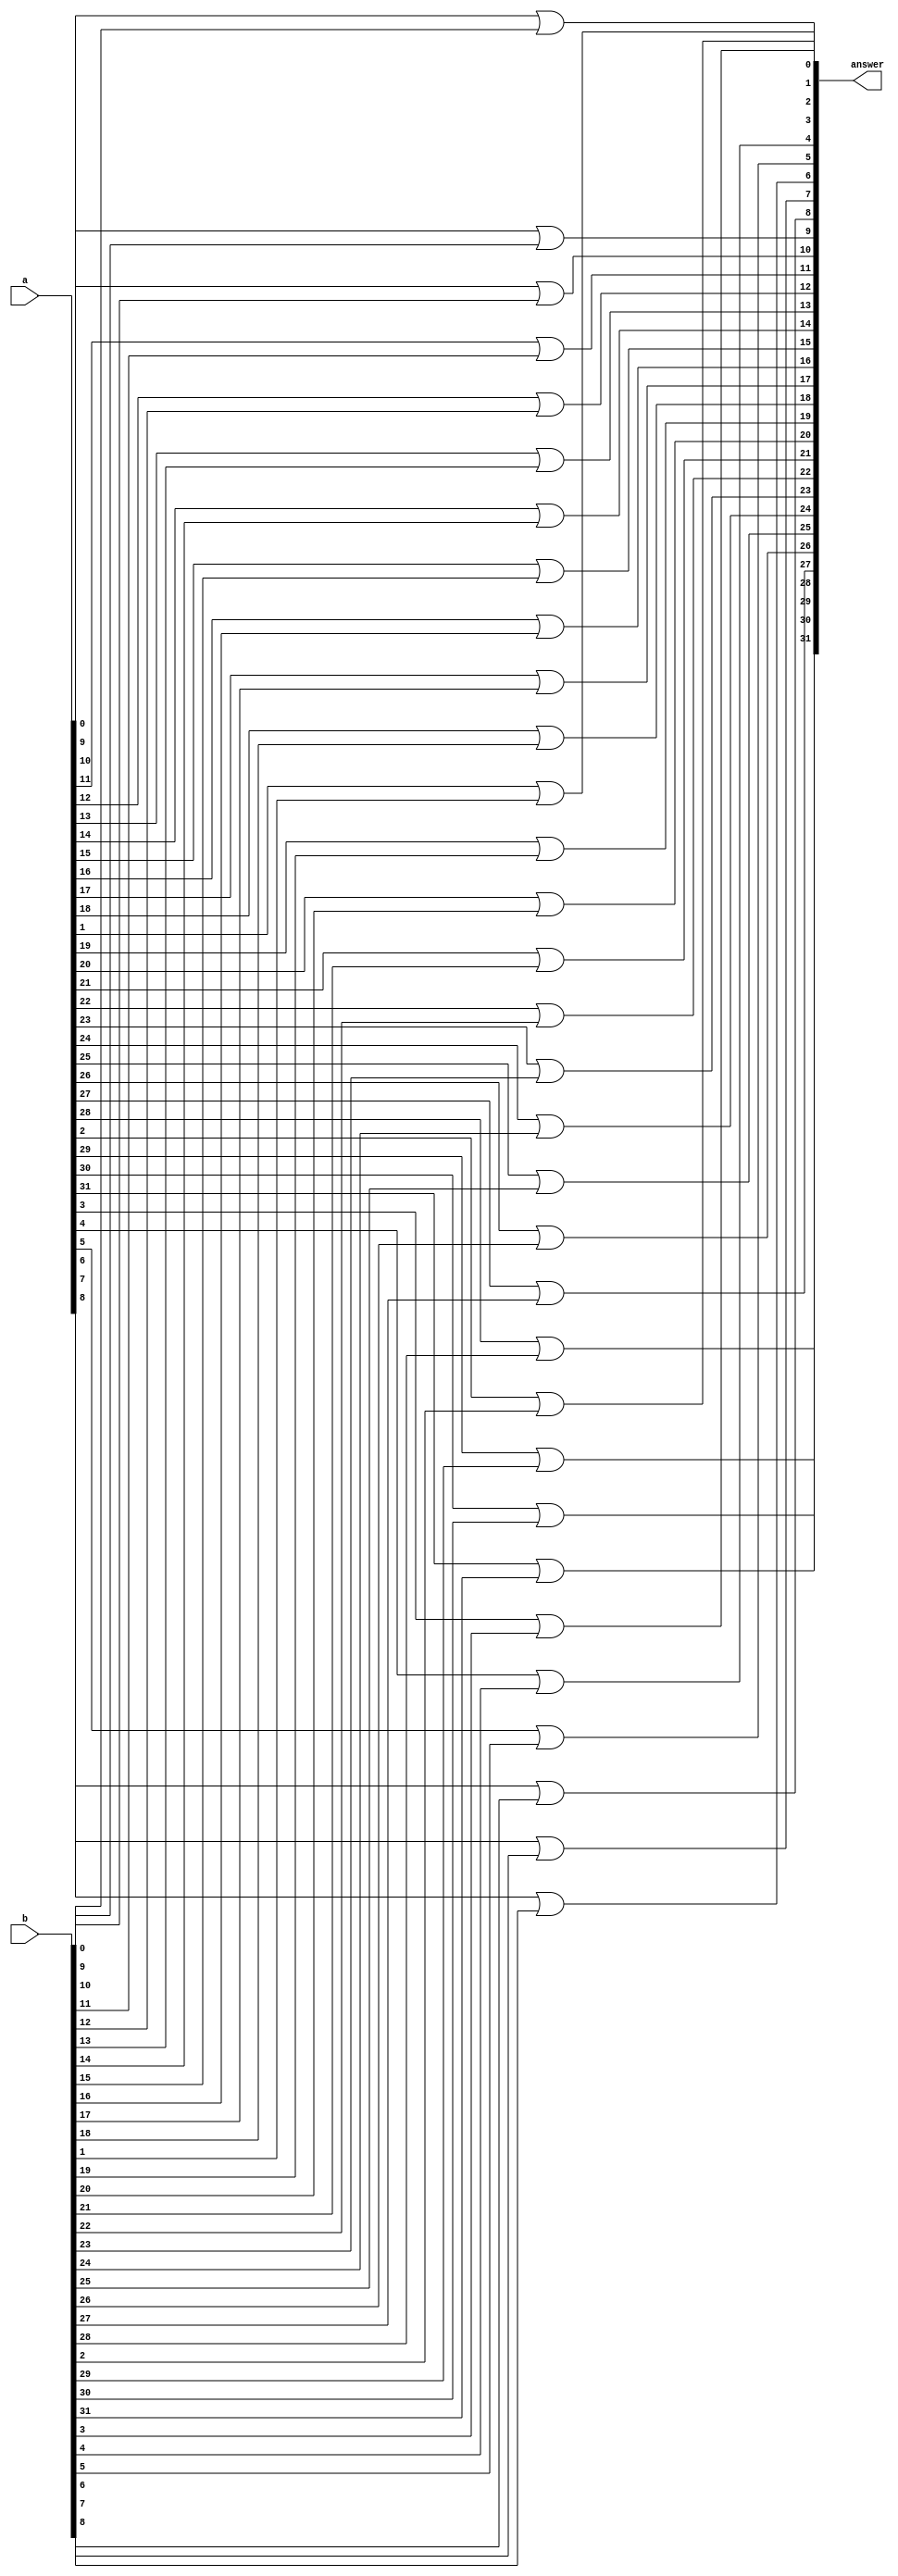
module or32(answer,a,b);

input[31:0] a,b;
output[31:0] answer;

genvar i;
generate

for(i=0;i<32;i=i+1)
	begin: Adder
	or orGate(answer[i],a[i],b[i]);
end	
endgenerate
endmodule